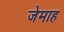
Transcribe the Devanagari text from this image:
जेमाह